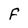
Character: f